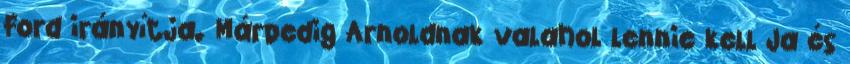
Ford irányítja. Márpedig Arnoldnak valahol lennie kell Ja és